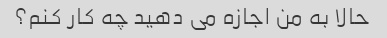
حالا به من اجازه می دهید چه کار کنم؟